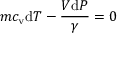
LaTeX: m c _ { \mathrm { v } } \mathrm { d } T - { \frac { V \mathrm { d } P } { \gamma } } = 0